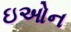
ઇઓન